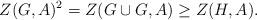
LaTeX: \begin{align*}Z(G,A)^2=Z(G\cup G,A)\geq Z(H,A).\end{align*}